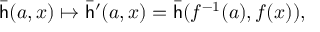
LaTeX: { \bar { \mathsf { h } } } ( a , x ) \mapsto { \bar { \mathsf { h } } } ^ { \prime } ( a , x ) = { \bar { \mathsf { h } } } ( f ^ { - 1 } ( a ) , f ( x ) ) ,